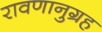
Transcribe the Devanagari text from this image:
रावणानुग्रह